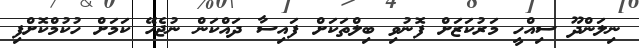
ނިލަންދޫ ސިއްހީ މަރުކަޒަށް ފޮނުވި ބިލްތަކަށް ފައިސާ ދައްކަން ނުޖެހޭ ކަމަށް ހުކުމްކޮށްފި